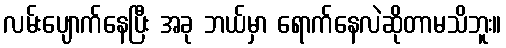
လမ်းပျောက်နေပြီး အခု ဘယ်မှာ ရောက်နေလဲဆိုတာမသိဘူး။